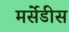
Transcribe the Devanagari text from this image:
मर्सेडीस